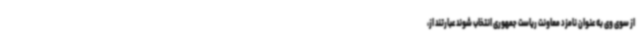
از سوی وی به عنوان نامزد معاونت ریاست جمهوری انتخاب شوند عبارتند از،